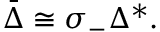
{ \bar { \Delta } } \cong \sigma _ { - } \Delta ^ { * } .